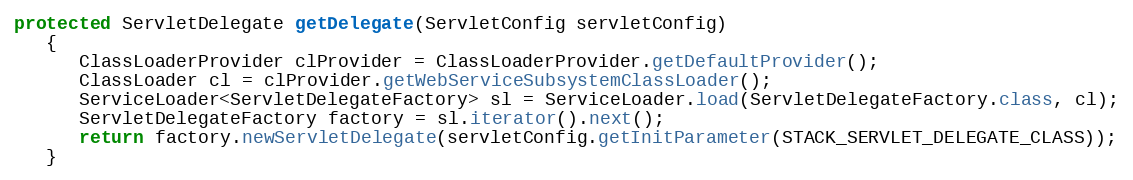
Language: Java
protected ServletDelegate getDelegate(ServletConfig servletConfig)
   {
      ClassLoaderProvider clProvider = ClassLoaderProvider.getDefaultProvider();
      ClassLoader cl = clProvider.getWebServiceSubsystemClassLoader();
      ServiceLoader<ServletDelegateFactory> sl = ServiceLoader.load(ServletDelegateFactory.class, cl);
      ServletDelegateFactory factory = sl.iterator().next();
      return factory.newServletDelegate(servletConfig.getInitParameter(STACK_SERVLET_DELEGATE_CLASS));
   }